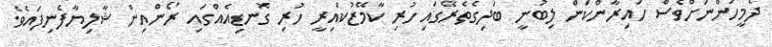
ދެމީހުންނަށްވެސް ހައިރާންކަން ލިބުނީ ބަދިގެތެރޭގައި ހުރި ކާމޭޒުކައިރީ ހުރި ގޮނޑިއެެއްގައި ރޯންއިން ޝާލިޔާފެނިފައެވެ.